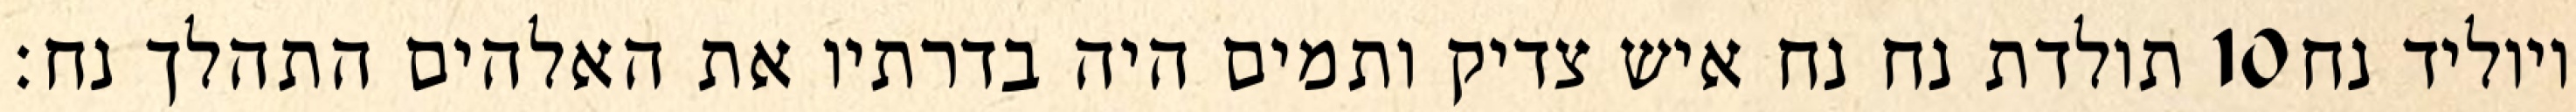
תולדת נח נח איש צדיק ותמים היה בדרתיו את האלהים התהלך נח׃ ‎10‏ ויוליד נח